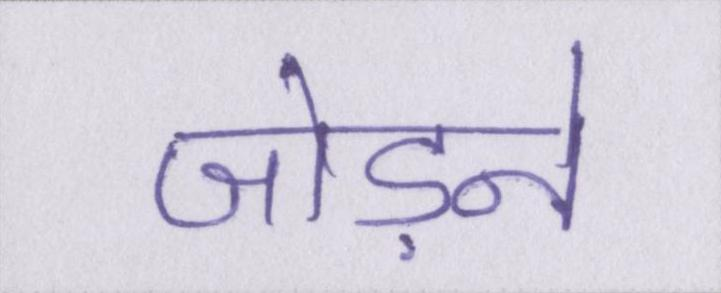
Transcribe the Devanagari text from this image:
जोड़ने